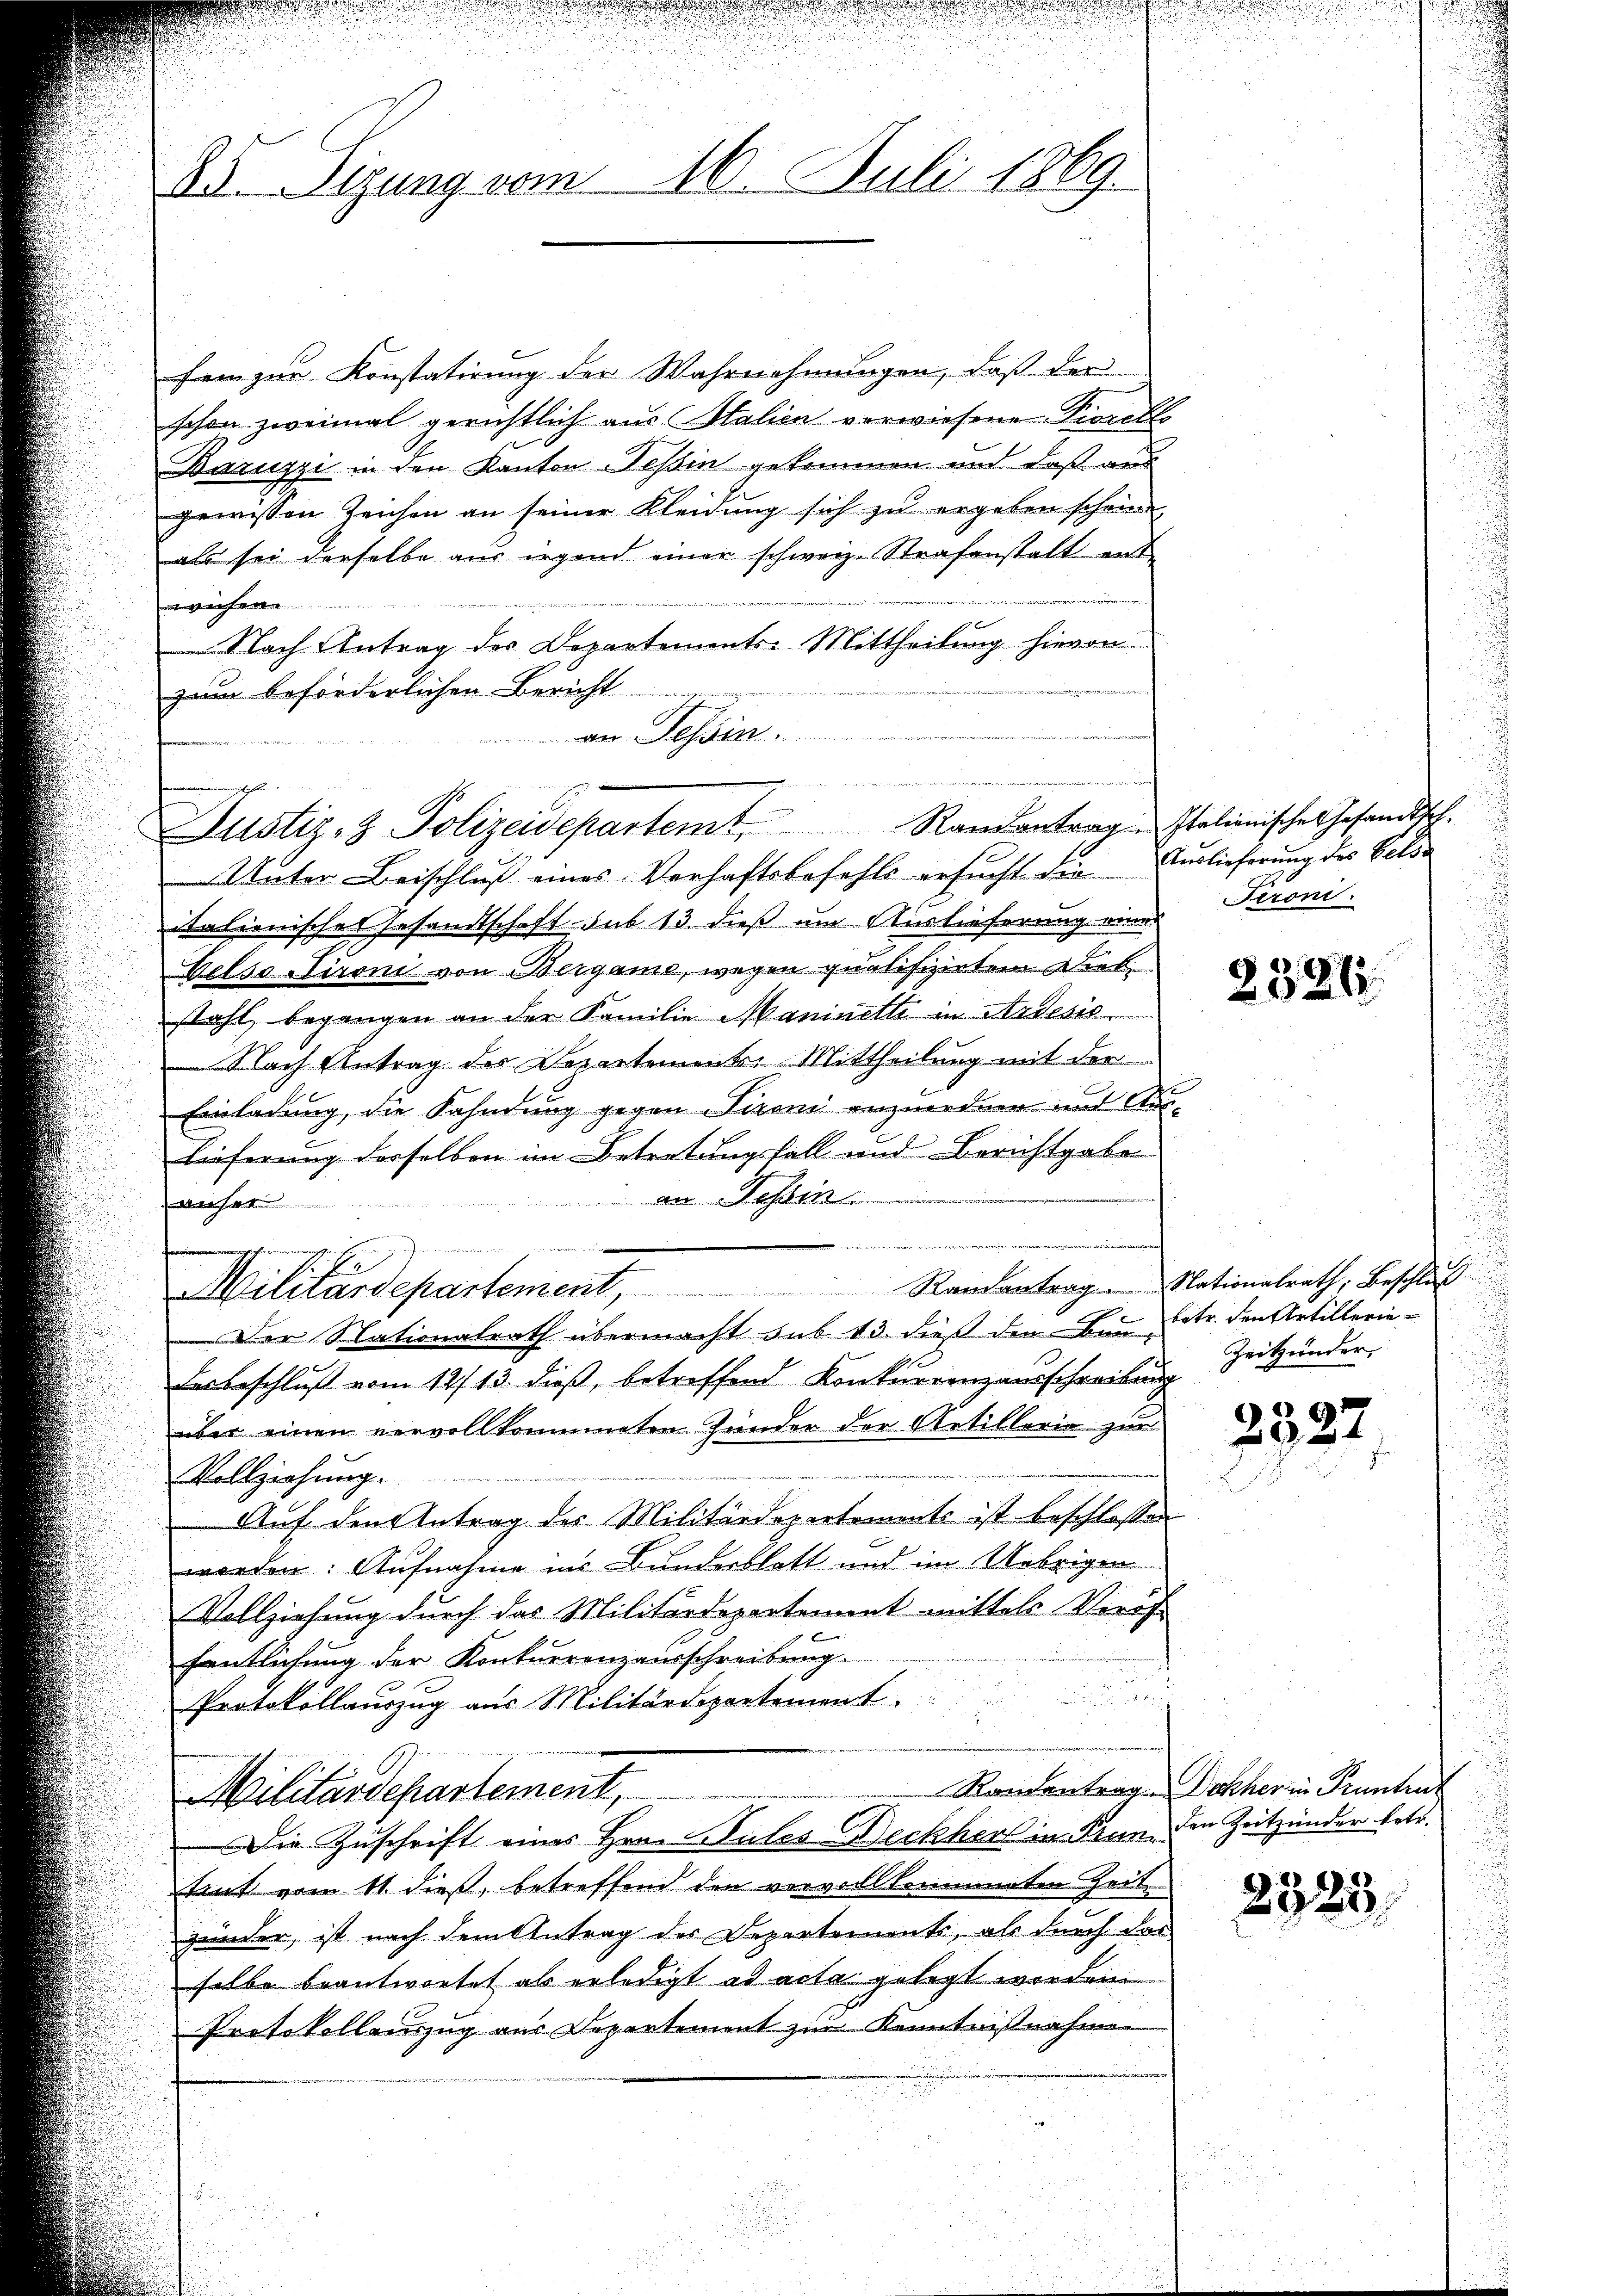
fein zur Konstatirung der Wahrnehmungen, daß der
schon zweimal gerichtlich aus Salien verwiesene Prorells
Baruzzi in den Kanton Tessin gekommen und daß aus
gewissen Zeichen an seiner Kleidung sich zu ergeben schein
als sei derselbe aus irgend einer schweiz. Strafenstalt ent¬
 ich
Nach Antrag des Departements-Mittheilung hievon
zum beförderlichen Bericht
an Tessin.

23. Sizung vom 16. Juli 1869.

Justiz- & Polizeidepartemt, Randantrag Italienisches Gesandtsch.

Unter Beischluß eines Verhaftsbefehls ersucht die
italienischer Gesandtschaft sub 13. dieß um Auslieferung einer
Belso dironi von Bergane, wegen qualifizielen. Dies
stahl, begangen an der Familie Maninette in Arbesic
Nach Antrag des Departements: Mittheilung mit der
Einladung, die Fahndung gegen Tironi anzuordnen und Steu¬
Lieferung derselben im Betretungsfall und Berichtgabe
an Tessin.
anser
e
Militärdepartement, Randantrag. Nationalrath, Beschluß
Der Nationalrath übermacht aus 13. dieß den Bei Latr. den Artillerie¬
Desbeschluß vom 12. 13. dieß, betreffend Konkurrenzausschreibung
über einen vervollkommeten Zunder der Artillerie zur
Vollziehung.
Auf den Antrag des Militärdepartements ist beschlossen
worden. Aufnahme ins Bunderblatt und im Uebrigen
Vollziehung durch das Militärdepartemont mittels Veröf
fentlichung der Konkurrenzausschreibung.
n
Protokollauszug aus Militärdepartement
Rondantrag. Dochher in Prunten
Militärdepartement,
Die Zuschrift eines Hrn. Gutes Beckhert in Finn den Zeitzünder betr.
mint vom 11. dieß, betreffend den vervollkommeten Zeit
zänder, ist nach dem Antrag der Departements, als durch das
selbe beantwortet als erledigt ad acta gelegt worden
Protokollauszug aus Departement zur Kenntnißnahme

Auslieferung des Velde
Tironi.

2386.

Zeitunder,

3337

2323